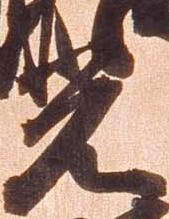
光